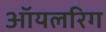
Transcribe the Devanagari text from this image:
ऑयलरिग